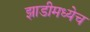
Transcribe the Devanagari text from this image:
झाडीमध्येच